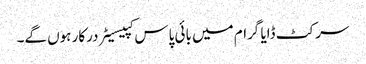
سرکٹ ڈایا گرام میں بائی پاس کپیسیٹر درکار ہوں گے۔